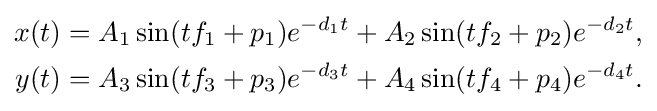
{\begin{aligned}x(t)&=A_{1}\sin(tf_{1}+p_{1})e^{-d_{1}t}+A_{2}\sin(tf_{2}+p_{2})e^{-d_{2}t},\\y(t)&=A_{3}\sin(tf_{3}+p_{3})e^{-d_{3}t}+A_{4}\sin(tf_{4}+p_{4})e^{-d_{4}t}.\end{aligned}}